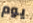
يوم